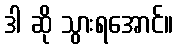
ဒါ ဆို သွားရအောင်။